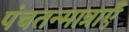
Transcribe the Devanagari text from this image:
पंचतन्मात्राएँ